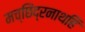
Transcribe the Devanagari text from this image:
मच्छिंद्रनाथहि